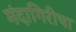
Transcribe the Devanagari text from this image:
मंदागिरीचा